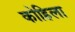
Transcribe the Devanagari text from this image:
कोहिला